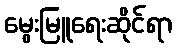
မွေးမြူရေးဆိုင်ရာ